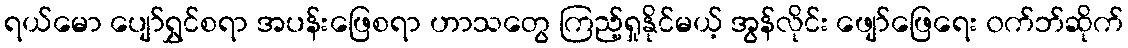
ရယ်မော ပျော်ရွှင်စရာ အပန်းဖြေစရာ ဟာသတွေ ကြည့်ရှုနိုင်မယ့် အွန်လိုင်း ဖျော်ဖြေရေး ၀က်ဘ်ဆိုက်